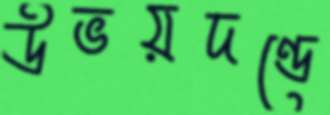
উভয়দণ্ডে